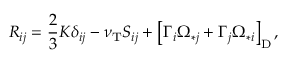
{ \cal { R } } _ { i j } = \frac { 2 } { 3 } K \delta _ { i j } - \nu _ { \mathrm { { T } } } { \cal { S } } _ { i j } + \left[ { \Gamma _ { i } \Omega _ { \ast j } + \Gamma _ { j } \Omega _ { \ast i } } \right] _ { \mathrm { { D } } } ,